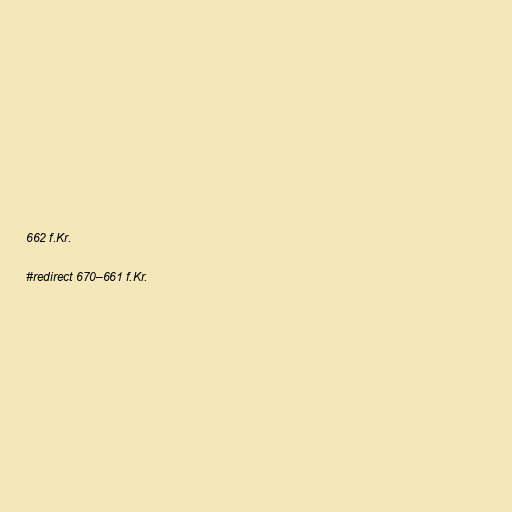
662 f.Kr.

#redirect 670–661 f.Kr.